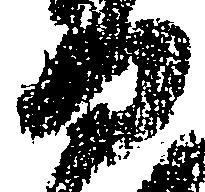
何